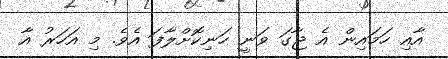
އާއި ހަމައިން އެ ޖާގަ ވަނީ ހަނިކޮށްލާފަ އެވެ. މި އަހަރު އާ